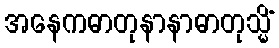
အနေကဓာတုနာနာဓာတုသ္မိံ